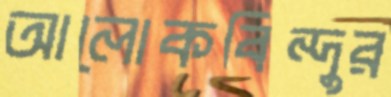
আলোকবিন্দুর